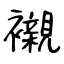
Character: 襯